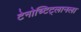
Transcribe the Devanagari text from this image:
टेनोच्टिट्लानला